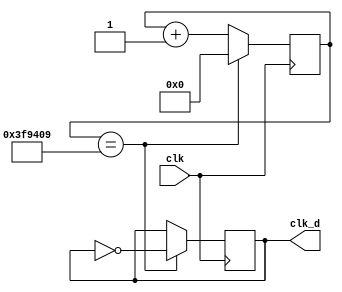
`timescale 1ns / 1ps
//////////////////////////////////////////////////////////////////////////////////
// Company: 
// Engineer: 
// 
// Design Name: 
// Module Name: clk_3
// Project Name: 
// Target Devices: 
// Tool Versions: 
// Description: 
// 
// Dependencies: 
// 
// Revision:
// Revision 0.01 - File Created
// Additional Comments:
// 
//////////////////////////////////////////////////////////////////////////////////


module clk_3(clk, clk_d);
  parameter div_value = 4166665;
  input clk;
  output clk_d;
  reg clk_d;
  reg [25:0]count;
  
  initial 
    begin
      clk_d = 0;
      count = 0;
    end
  always @ (posedge clk)
    begin 
      if(count == div_value)
        count <= 0;
      else
        count <= count + 1;
    end
  
  always @ (posedge clk)
    begin 
      if (count == div_value)
        clk_d <= ~clk_d;
    end
      
endmodule